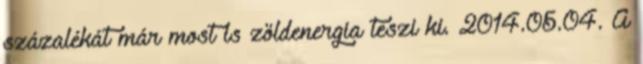
százalékát már most is zöldenergia teszi ki. 2014.05.04. A